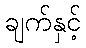
ချက်နှင့်